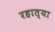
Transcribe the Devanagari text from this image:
रहात्या